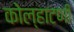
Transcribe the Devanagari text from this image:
कोल्हाटणी